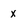
Character: x